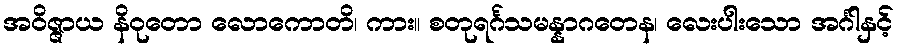
အဝိဇ္ဇာယ နိဝုတော လောကောတိ၊ ကား။ စတုရင်္ဂသမန္နာဂတေန၊ လေးပါးသော အင်္ဂါနှင့်